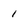
Character: i